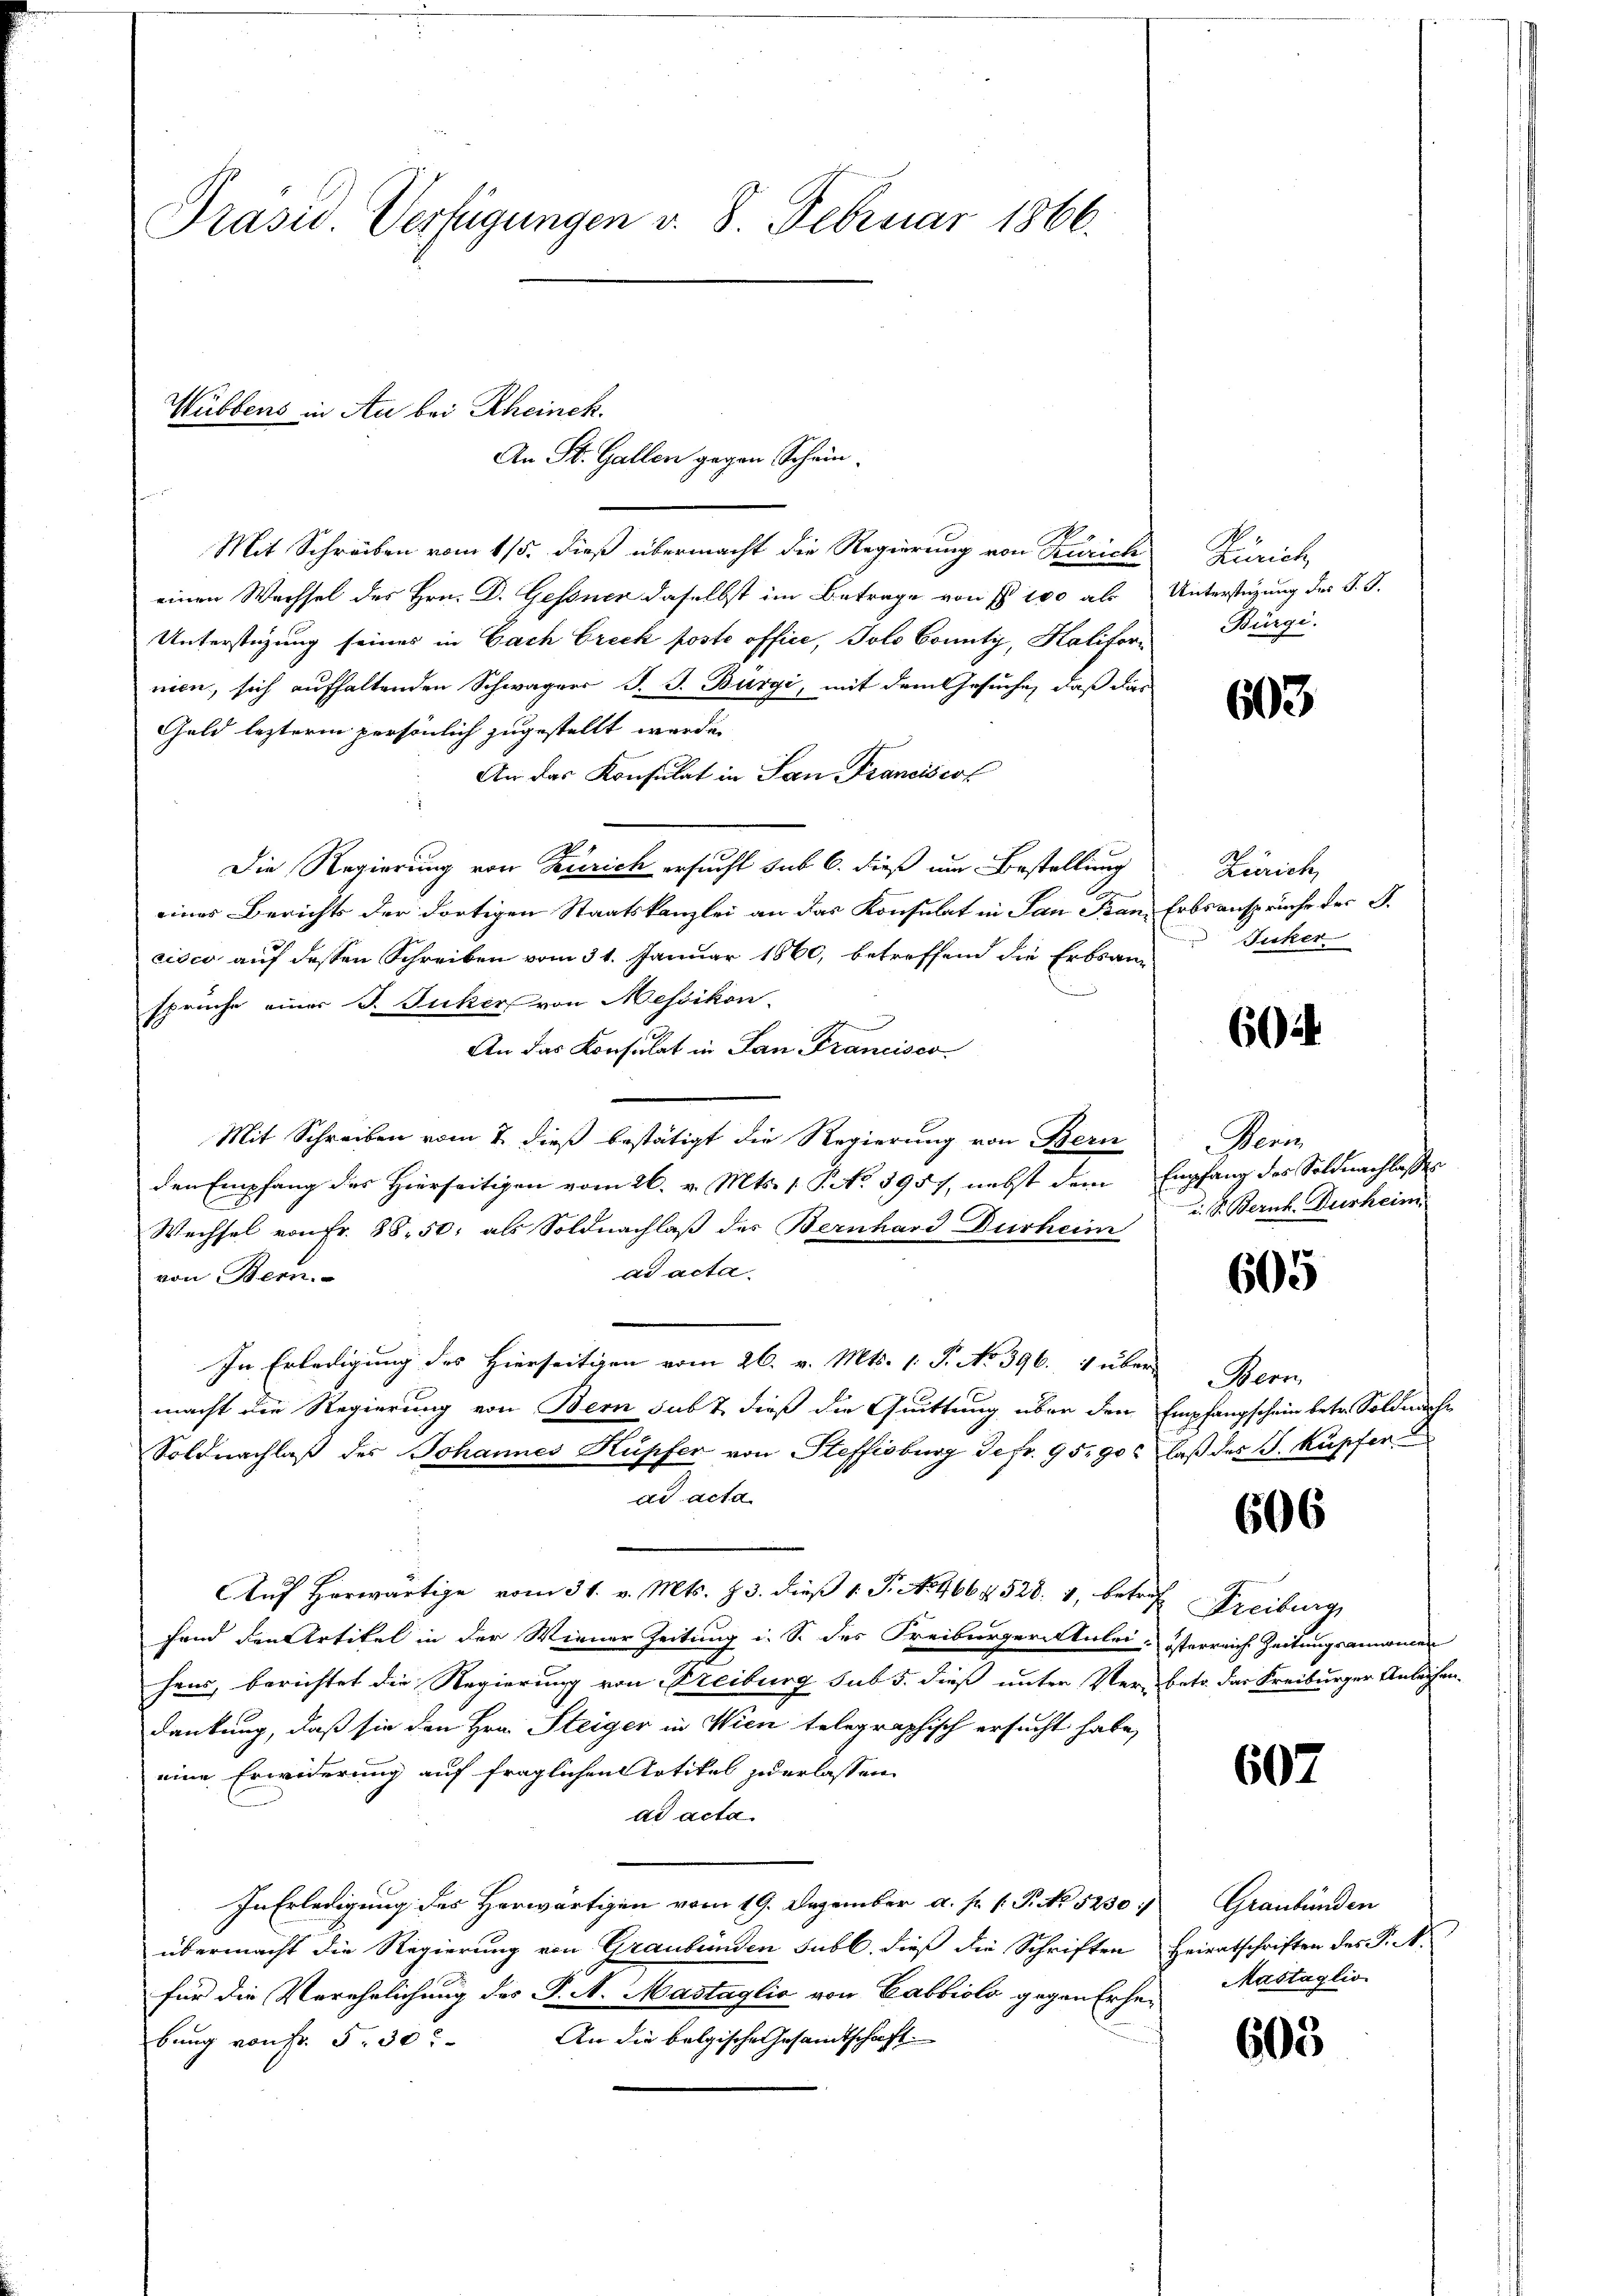
Präsid Verfügungen v. 8. Februar 1866.

Mit Schreiben vom 15. dieß übermacht die Regierung von Zürich
einen Wechsel des Hrn. D. Gessner daselbst im Betrage von § 100 als
Unterstüzung seines in Fach Breck poste office, Tolo County, Halifornien, sich aufhaltenden Schwagers J. J. Bürgi, mit dem Gesuche, daß das
Geld lezterm persönlich zugestellt werden
An das Konsulat in San Franciscot
Die Regierung von Zürich ersucht sub 6. dieß um Bestellung
eines Berichts der dortigen Staatskanzlei an das Konsulat in San Bancisco auf dessen Schreiben vom 31. Januar 1860, betreffend die Erbsansprüche einer J. Juker von Messikon
An das Konsulat in San Francisco
Mit Schreiben vom 7. dieß bestätigt die Regierung von Bern
den Empfang des Hierseitigen vom 26. v. Mts. 1. P. No 3957, nebst dem
Wechsel von Fr. 88. 50; als Soldnachlaß des Bernhard Durheim
ad acta
von Bern.
In Erledigung des Hierseitigen vom 26. v. Mts. 1. P. No 396. 1 über
macht die Regierung von Bern subt dieß die Quittung über den
Soldnachlaß des Johannes Kupfer von Steffisburg Jefr. 95. 90
dd acta.
Auf Herwärtige vom 31. v. Mts. § 3. dieß 1 Fr. No. 4664528. 4, betre
fand den Artikel in der Wiener Zeitung i. S. des Freiburger Anleihens, berichtet die Regierung von Freiburg sub 5. dieß unter Verdankung, daß sie den Hrn. Steiger in Wien telegraphisch ersucht habe,
eine Erwiderung auf fraglichen Artikel zu erlassen
dd acta.
In Erledigung des Herwärtigen vom 19. Dezember a. p. 1. P. No 5250;
übermacht die Regierung von Graubünden subl. dieß die Schriften
für die Verehrlichung des P. A. Mastaglio von Labbiolo gegen Erhe¬
An die belgische Gesandtschaft.
bung von Fr. 5. 30.

Hubbens in Au bei Rheinek.
An St. Gallen gegen Schein

Zürich
Unterstüzung des J. J.
Bürgi.

603

Zürich,
Erbsansprüche der J.
Juker

602

Penis
Empfang der Soldnachlassen
i. S. Bernh. Durheim.

605

Nem
Empfangschein betr. Soldnach
laß des J. Kupfen

606

ch Freibung
österreiche Zeitungsannamen
betr. das Freiburger Anleihen.

607

Graubünden
Heiratschriften des P. M.
Mastaglio

605